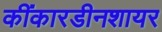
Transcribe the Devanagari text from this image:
कींकारडीनशायर